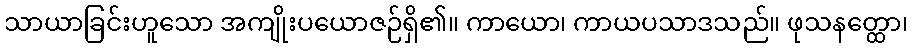
သာယာခြင်းဟူသော အကျိုးပယောဇဉ်ရှိ၏။ ကာယော၊ ကာယပသာဒသည်။ ဖုသနတ္ထော၊